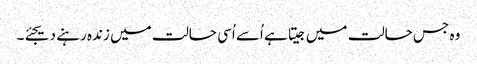
وہ جس حالت میں جیتا ہے اُسے اُسی حالت میں زندہ رہنے دیجئے۔